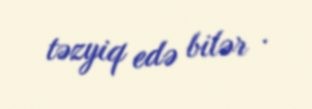
təzyiq edə bilər .